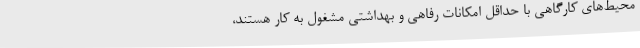
محیط‌های کارگاهی با حداقل امکانات رفاهی و بهداشتی مشغول به کار هستند،